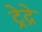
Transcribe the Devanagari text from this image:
ट्रेद्रे